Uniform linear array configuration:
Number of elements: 8
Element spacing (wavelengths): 0.25
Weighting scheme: binomial
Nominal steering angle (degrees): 30
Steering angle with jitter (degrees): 29.458
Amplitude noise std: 0.05
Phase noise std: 0.05

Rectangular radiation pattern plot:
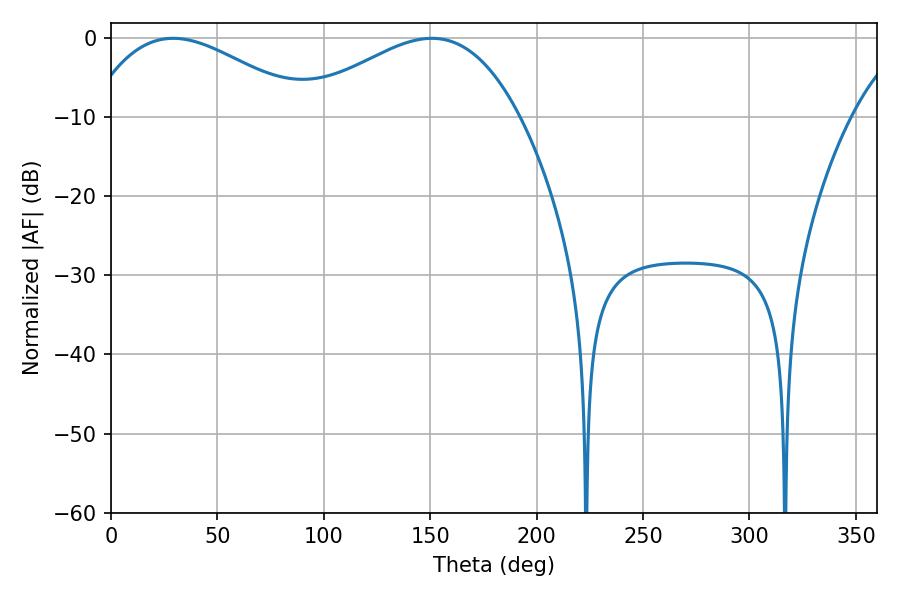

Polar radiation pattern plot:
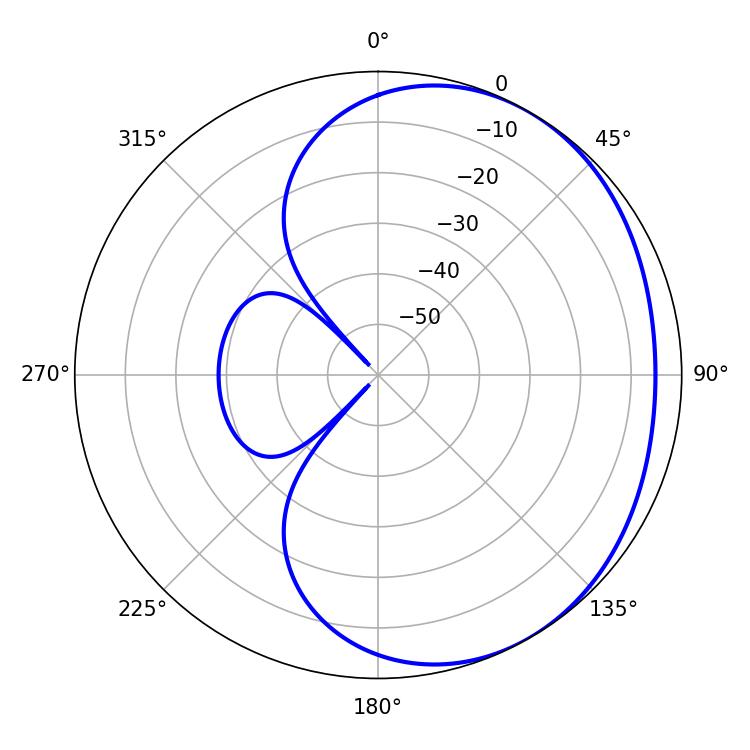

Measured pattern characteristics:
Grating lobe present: FALSE
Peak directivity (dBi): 2.385
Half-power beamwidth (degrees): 56.34
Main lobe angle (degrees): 29.16